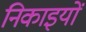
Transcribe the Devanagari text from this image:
निकाइयों